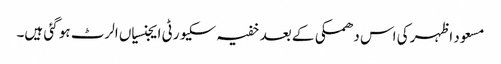
مسعود اظہر کی اس دھمکی کے بعد خفیہ سکیورٹی ایجنسیاں الرٹ ہو گئی ہیں۔